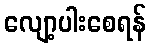
လျော့ပါးစေရန်